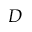
D